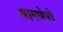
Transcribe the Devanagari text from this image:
श्रामणेरो